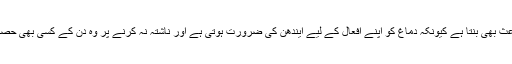
محققین کا کہنا تھا کہ ناشتہ نہ کرنا نہ صرف میٹابولزم کو متاثر کرتا ہے بلکہ جسمانی سستی کا باعث بھی بنتا ہے کیونکہ دماغ کو اپنے افعال کے لیے ایندھن کی ضرورت ہوتی ہے اور ناشتہ نہ کرنے پر وہ دن کے کسی بھی حصے میں کسی بھی چیز کی خواہش کرنے لگتا ہے، جس سے طویل المعیاد بنیادوں پر وزن بڑھتا ہے۔